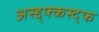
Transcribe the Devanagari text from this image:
अस्द्द्फ्कस्द्फ